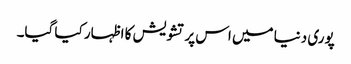
پوری دنیا میں اس پر تشویش کا ا ظہار کیا گیا۔